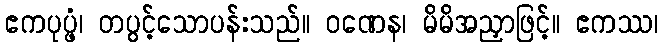
ဧကပုပ္ဖံ၊ တပွင့်သောပန်းသည်။ ဝဏေန၊ မိမိအညှာဖြင့်။ ဧကဿ၊